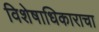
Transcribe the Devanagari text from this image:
विशेषाधिकाराचा